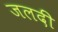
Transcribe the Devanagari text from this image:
जलदीं